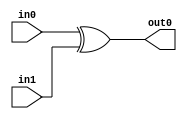
module XOR(
    input wire in0,
    input wire in1,
    output wire out0
);
assign out0 = in0 ^ in1;

endmodule